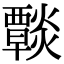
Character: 𤑶